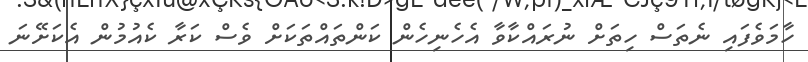
ހާމަވެފައި ނެތަސް ހިތަށް ނުރައްކާވާ އެހެނިހެން ކަންތައްތަކަށް ވެސް ކަރާ ކެއުމުން އެކަށޭނަ